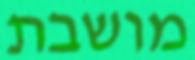
מושבת